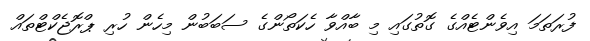
ފުރަތަމަ އިވެންޓެއްގެ ގޮތުގައި މި ބާއްވާ ހެކަތޯންގެ ސަބަބުން މިހެން ހުރި ޕްރޮޖެކްޓްތައް